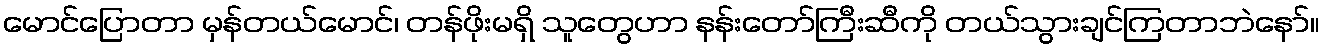
မောင်ပြောတာ မှန်တယ်မောင်၊ တန်ဖိုးမရှိ သူတွေဟာ နန်းတော်ကြီးဆီကို တယ်သွားချင်ကြတာဘဲနော်။